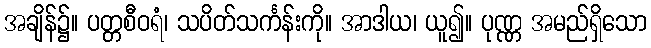
အချိန်၌။ ပတ္တစီဝရံ၊ သပိတ်သင်္ကန်းကို။ အာဒါယ၊ ယူ၍။ ပုဏ္ဏ အမည်ရှိသော